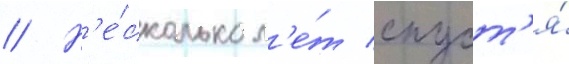
// Н'е́сколько л'е́т спуст'я́